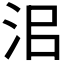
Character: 𰛜